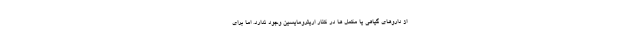
از داروهای گیاهی یا مکمل ها در کنار اریترومایسین وجود ندارد. اما برای